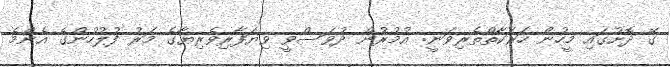
ގޭ ދޮށުގައި މީހުން ހަރަކާތްތެރިވަނީ: އުމުރުން ދުވަސްވީ ވިޔަފާރިވެރިޔާގެ މަރު ފުލުހުންގެ އެންމެ